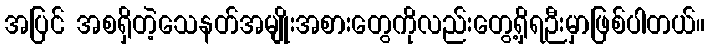
အပြင် အစရှိတဲ့သေနတ်အမျိုးအစားတွေကိုလည်းတွေ့ရှိရဉီးမှာဖြစ်ပါတယ်။